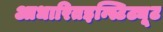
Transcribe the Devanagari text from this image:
आधारितइन्स्टिट्यूट